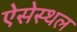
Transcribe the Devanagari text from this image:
ऐसेस्थल